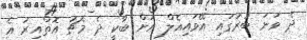
ދެ ވަނަ ބުރުގައި އޭވައިއެލް އަށް ބާކީ ދެ މެޗު އޮތްއިރު އެ